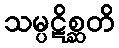
သမ္ပဋိစ္ဆတိ